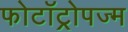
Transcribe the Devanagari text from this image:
फोटॉट्रोपज्म